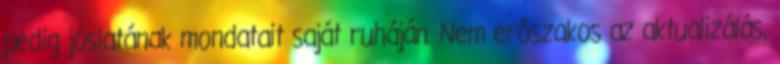
pedig jóslatának mondatait saját ruháján. Nem erőszakos az aktualizálás,